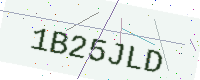
Text: 1B25JLD